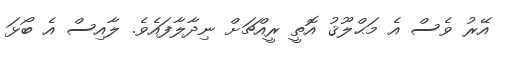
އޭރު ވެސް އެ މަޙްލޫޤު އޮތީ ރީއްޗަށް ނިދާލާފައެވެ. ލާއިސް އެ ބޯޅަ